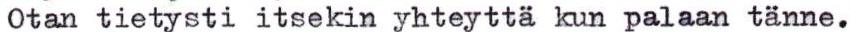
Otan tietysti itsekin yhteyttä kun palaan tänne.